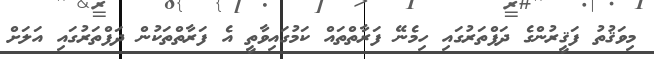
މިވަޤުތު ފަޤީރުންގެ ދަފްތަރުގައި ހިމެނޭ ފަރާތްތައް ކަމުގައިވާތީ އެ ފަރާތްތަކުން ދަފްތަރުގައި އަލަށް